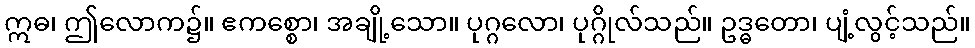
ဣဓ၊ ဤလောက၌။ ဧကစ္စော၊ အချို့သော။ ပုဂ္ဂလော၊ ပုဂ္ဂိုလ်သည်။ ဥဒ္ဓတော၊ ပျံ့လွင့်သည်။